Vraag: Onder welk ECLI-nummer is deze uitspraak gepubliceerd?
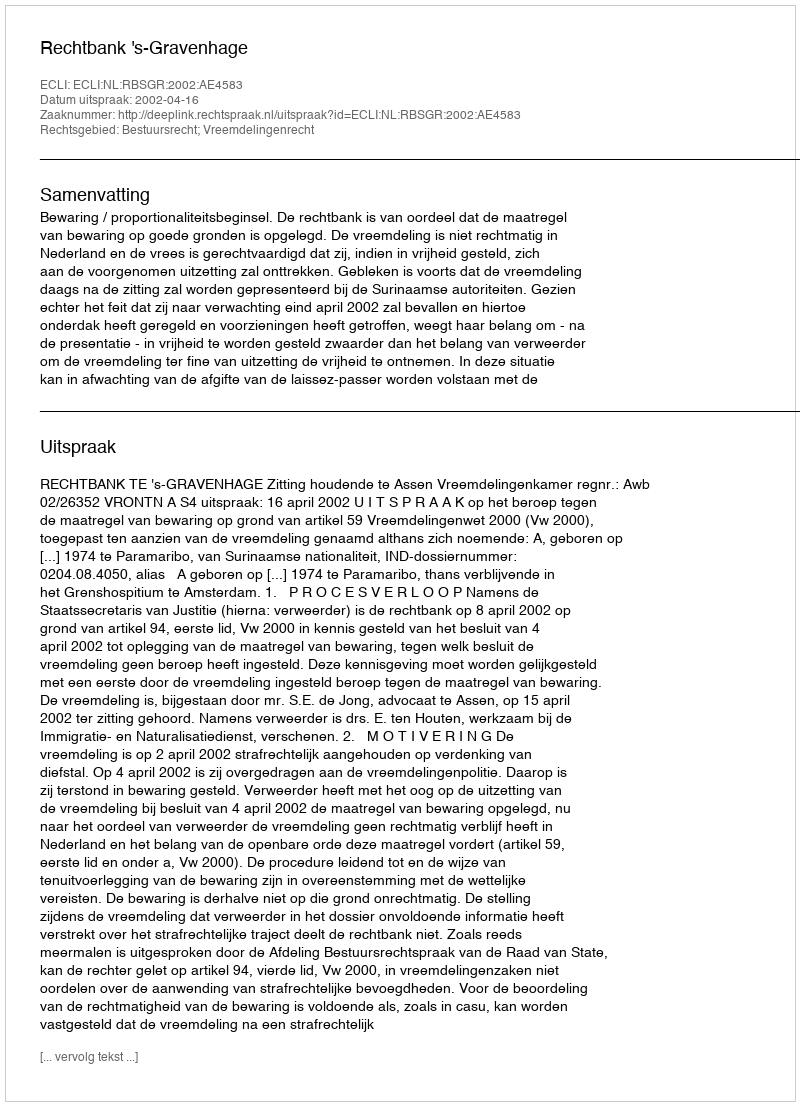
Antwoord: ECLI:NL:RBSGR:2002:AE4583